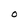
Character: O